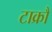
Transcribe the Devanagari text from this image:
टाक्रौ